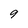
Character: 9